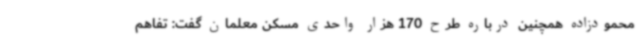
محمودزاده همچنین درباره طرح 170 هزار واحدی مسکن معلمان گفت: تفاهم